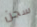
سجن